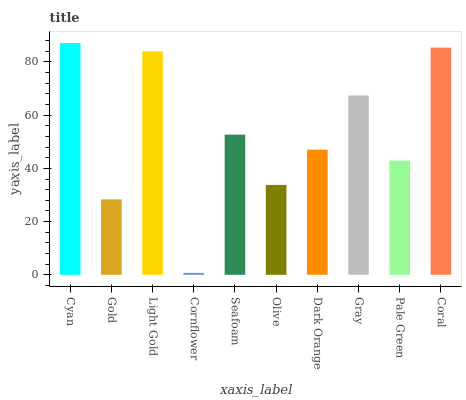
| xaxis_label | bars |
 | --- | --- |
 | Cyan | 87.1 |
 | Gold | 28.4 |
 | Light Gold | 84 |
 | Cornflower | 0.71 |
 | Seafoam | 52.7 |
 | Olive | 33.8 |
 | Dark Orange | 47 |
 | Gray | 67.4 |
 | Pale Green | 42.9 |
 | Coral | 85.4 |